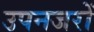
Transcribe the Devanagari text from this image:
उपनजरों